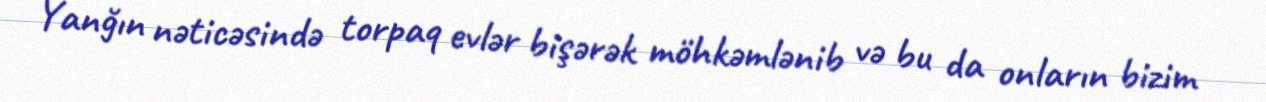
Yanğın nəticəsində torpaq evlər bişərək möhkəmlənib və bu da onların bizim